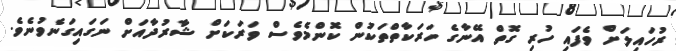
ރުހައިލަށް ވެފައި ހުރި ގޮތް އޭނާގެ ހަރަކާތްތަކުން ކޮންމެވެސް ވަރަކަށް ޝާރުދާއަށް ނަގައިގަނެވުނެވެ.